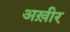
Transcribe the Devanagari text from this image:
अख़ीर